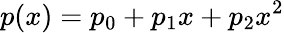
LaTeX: p(x)=p_{0}+p_{1}x+p_{2}x^{2}